Calcutta medical institutions reports 1892-1900
Year: 1892
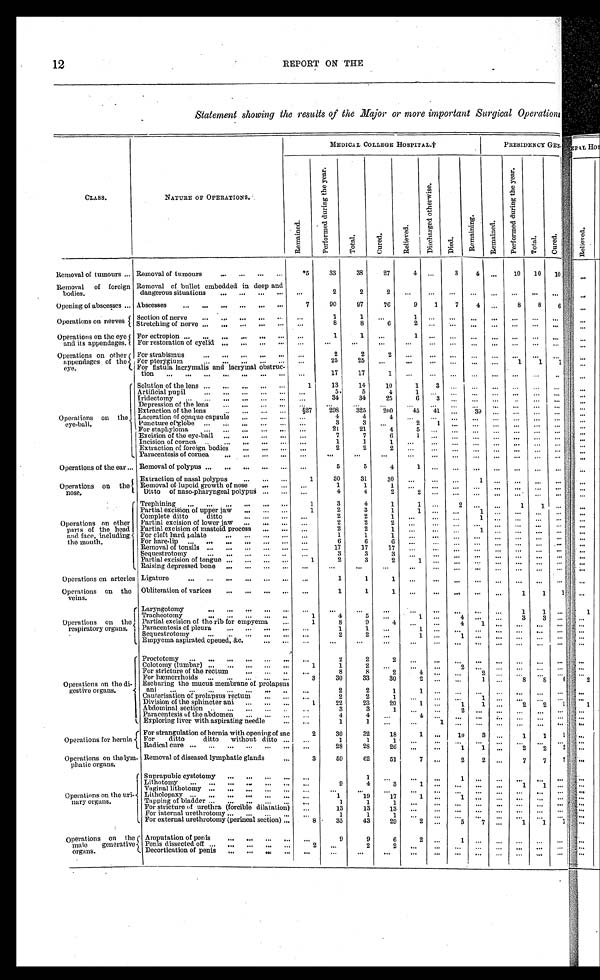
12
REPORT ON THE
Statement showing the results of the Major or more important Surgical Operations
CLASS.
NATURE OF OPERATIONS.
MEDICAL COLLEGE HOSPITAL. †
PRESIDENCY GENERAL.
R e m a i n e d .
P e r f o r m e d d u r i n g t h e y e a r .
T o t a l .
C u r e d .
R e l i e v e d .
D i s c h a r g e d o t h e r w i s e .
D i e d .
R e m a i n i n g .
R e m a i n e d .
P e r f o r e d d u r i n g t h e y e a r .
T o t a l .
C u r e d .
Removal of tumours . . . Removal of tumours . . .
*5
33
38
27
4
. . .
3
4
. . .
10
10
10
Removal
of foreign
bodies.
Removal of bullet embedded in deep and
dangerous situations . . .
. . .
2
2
2
. . .
. . .
. . .
. . .
. . .
. . .
. . .
Opening of abscesses ... Abscesses . . .
7
90
97
76
9
1
7 4
. . .
8
8
6
Operations on nerves
Section of nerve . . .
. . .
1
1
. . .
1
. . .
. . .
. . .. . .
. . .
. . .. . .
Stretching mg of nerve
. . .
. . .
8
8
6
2
. . .
. . .
. . .. . .
. . .
. . .. . .
Operations on the eye
and its appendages.
For ectropion . . .
. . .
1
1
. . .
1
. . .
. . .
. . .
. . .
. . .
. . . . . .
For restoration of eyelid . . .
. . .
. . .
. . .
. . .
. . .
. . .
. . .
. . .
. . .
. . .
. . . . . .
Operations on other
appendages of the
eye.
For strabismus . . .
. . .
2
2
2
. . .
. . .
. . .
. . .
. . .
. . .
. . .
. . .
For pterygium . . .
. . .
25
25
. . .
. . .
. . .
. . .
. . .
. . .
1
1
1
For fistula lacrymalis and lacrymal obstruc
-
tion . . .
. . .
17
17
1
. . .
. . .
. . .
. . .
. . .
. . .
. . .
. . .
Operations on the
eye-ball.
Solution of the lens . . .
1
1 3
14
10
1
3
. . .
. . .
. . .
. . .
. . .
. . .
Artificial pupil . . .
. . .
5
5
4
1
. . .
. . .
. . .
. . .
. . .
. . .
. . .
Iridectomy . . .
. . .
34
34
25
6
3
. . .
. . .
. . .
. . .
. . .
. . .
Depression of the lens . . .
. . .
. . .
. . .
. . .
. . .
. . .
. . .
. . .
. . .
. . .
. . .
. . .
Extraction of the lens . . .
§2
7
298
325
200
45
41
. . .
3 9
. . .
. . .
. . .
. . .
Laceration of opaque capsule . . .
. . .
4
4
4
. . .
. . .
. . .
. . .
. . .
. . .
. . .
. . .
Puncture of globe . . .
. . .
3
3
. . .
2
1
. . .
. . .
. . .
. . .
. . .
. . .
For staphyloma . . .
. . .
21
21
4
5
. . .
. . .
. . .
. . .
. . .
. . .
. . .
Excision of the eye-ball . . .
. . .
7
7
6
1
. . .
. . .
. . .
. . .
. . .
. . .
. . .
Incision of cornea . . .
. . .
1
1 1
. . .
. . .
. . .
. . .
. . .
. . .
. . .
. . .
Extraction of foreign bodies . . .
. . .
2
2
2
. . .
. . .
. . .
. . . . . .
. . .
. . .
. . .
Paracentesis of cornea . . .
. . .
. . .
. . .
. . .
. . .
. . .
. . .
. . .
. . .
. . .
. . .
. . .
Operations of the ear . . . Removal of polypus . . .
. . .
5
5
4
1
. . .
. . .
. . .
. . .
. . .
. . .
. . .
Operations on the
nose.
Extraction of nasal polypus . . .
1
30
31
30
. . .
. . .
. . .
1
. . . . . .
. . .
. . .
Removal of lupoid growth of nose . . .
. . .
1
1
1
. . .
. . .
. . .
. . .
. . . . . .
. . .
. . .
Ditto
of naso-pharyngeal polypus . . .
. . .
4
4
2
2
. . .
. . .
. . .
. . .
. . .
. . .
. . .
Operations on other
parts of the head
and face, including
the mouth.
Trephining . . .
1
3
4
1
1
. . .
2
. . .. . .
1
1
. . .
Partial excision of upper jaw . . .
1
2
3
1
1
. . .
. . .
1
. . .
. . .
. . .
. . .
Complete ditto
ditto
. . .
. . .
2
2
1
. .
. . .
. . .
1
. . .. . .
. . .
. . .
Partial excision of lower jaw . . .
. . .
2
2
2
. . .
. . .
. . .
. . . . . .
. . .
. . .
. . .
Partial excision of mastoid process . . .
. . .
2
2
1
. . .
. . .
. . .
1
. . .
. . .
. . .
. . .
For cleft hard palate . . .
. . .
1
1
1
. . .
. . .
. . .
. . .
. . .
. . .
. . .
. . .
For hare-lip . . .
. . .
6
6
6
. . .
. . .
. . .
. . .
. . .
. . .
. . .
. . .
Removal of tonsils . . .
. . .
17
17
17
. . .
. . .
. . .
. . .
. . .
. . .
. . .
. . .
Sequestrotomy . . .
. . .
3
3
3
. . .
. . .
. . .
. . .
. . .
. . .
. . .
. . .
Partial excision of tongue . . .
1
2
3
2
1
. . .
. . .
. . .
. . .
. . .
. . .
. . .
Raising depressed bone . . .
. . .
. . .
. . .
. . .
. . .
. . .
. . .
. . . . . .
. . .
. . .
. . .
Operations on arteries Ligature . . .
. . .
1
1
1
. . . . . .
. . .
. . .
. . .
. . .
. . .
. . .
Operations on the
veins.
Obliteration of varices . . .
. . .
1
1
1
. . .
. . .
. . .
. . .
. . .
1
1 1
Operations on the
respiratory organs.
Laryngotomy . . .
. . .
. . .
. . .
. . .
. . .
. . .
. . .
. . .
. . .
1
1
. . .
Tracheotomy
. . .
1
4
5
. . .
1
. . .
4
. . .
. . .
3
3
. . .
Partial excision of the rib for empyeina . . .
1
8
9
4
. . .
. . .
4
. . .
1
. . .
. . .
. . .
Paracentesis of pleura . . .
. . .
1
1
. . .
1
. . .
. . .
. . .
. . .
. . .
. . .. . .
Sequestrotomy . . .
. . .
2
2
. . .
1
. . .
1
. . .
. . .
. . .
. . . . . .
Empyema aspirated opened, &c . . .
. . .
. . .
. . .
. . .
. . .
. . .
. . .
. . .
. . .
. . .
. . .. . .
Operations on the di
-gestive organs.
Proctotomy . . .
. . .
2
2
2
. . .
. . .
. . .
. . .
. . .
. . .
. . .. . .
Colotomy (lumbar) . . .
1
1
2
. . .
. . .
. . .
2
. . .
. . .
. . .
. . .
. . .
For stricture of the rectum . . .
. . .
8
8
2
4
. . .
. . .
2
. . .
. . .
. . .
. . .
For hæmorrhoids . . .
3
30
33
30
2.
. .
. . .
1
. . .
8
8
6
Escharing the mucus membrane of prolapsus
a n i . . .
. . .
2
2
1
1
. . .
. . .
. . .
. . .
. . .
. . .
. . .
Cauterisation of prolapsus rectum . . .
. . .
2
2
1
. . .
. . .
. . .
1
. . .
. . .
. . .
. . .
Division of the sphincter ani . . .
1
2 2
23
20
1
. . .
1
1
. . .
2
2
1
Abdominal section . . .
. . .
3
3
1
. . .
. . .
2
. . .
. . .
. . .
. . .
. . .
Paracentesis of the abdomen . . .
. . .
4
4
. . .
4
. . .
. . .
. . .
. . .
. . .
. . .
. . .
Exploring liver with aspirating needle . . .
. . .
1
1
. . .
. . .
1
. . .
. . .
. . .
. . .
. . . . . .
Operations for hernia
For strangulation of hernia with opening of sac . . .
2
30
32
18
1
. . .
1 0
3
. . .
1
1
1
For
ditto
ditto
without ditto . . .
. . .
1
1
1
. . .
. . .
. . .
. . .
. . .
. . .
. . .. . .
Radical cure . . .
. . .
28
28
26
. . .
. . .
1
1
. . .
2
2 2
Operations on thelym-
phatic organs.
Removal of diseased lymphatic glands . . .
3
59
62
51
7
. . .
2
2
. . .
7
7 7
Operations on the uri-
nary organs.
Suprapubic cystotomy . . .
. . .
1
. . .
. . .
. . .
1
. . .
. . .
. . .
. . .. . .
Lithotomy . . .
. . .
9
4
3
1
. . .
. . .
. . .
. . .
1
1. . .
Vaginal lithotomy . . .
. . .
. . .
. . .
. . .
. . .
. . .
. . .
. . .
. . .
. . .
. . .. . .
Litholopaxy . . .
. . .
1
19
17
1
. . .
1
. . .
. . .
. . .
. . .. . .
Tapping of bladder . . .
. . .
1
1
1
. . .
. . .
. . .
. . .
. . .
. . .
. . . . . .
For stricture of urethra (forcible dilatation) . . .
. . .
13
13
13
. . .
. . .
. . .
. . .
. . .
. . .
. . .. . .
For internal urethrotomy . . .
. . .
1
1
1
. . .
. . .
. . .
. . .
. . .
. . .
. . .
. . .
For external urethrotomy (perineal section) . . .
8
35
43
29
2
. . .
5
7
. . .
1
1
1
Operations on the
male
generative
organs.
Amputation of penis . . .
. . .
9
9
6
2
. . .
1
. . .
. . .
. . .
. . .. . .
Penis dissected off . . .
2
. . .
2
2
. . .
. . .
. . .
. . .
. . .
. . .
. . .
. . .
Decortication of penis . . .
. . .
. . .
. . .
. . .
. . .
. . .
. . .
. . .
. . .
. . .
. . .. . .